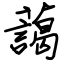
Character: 藹